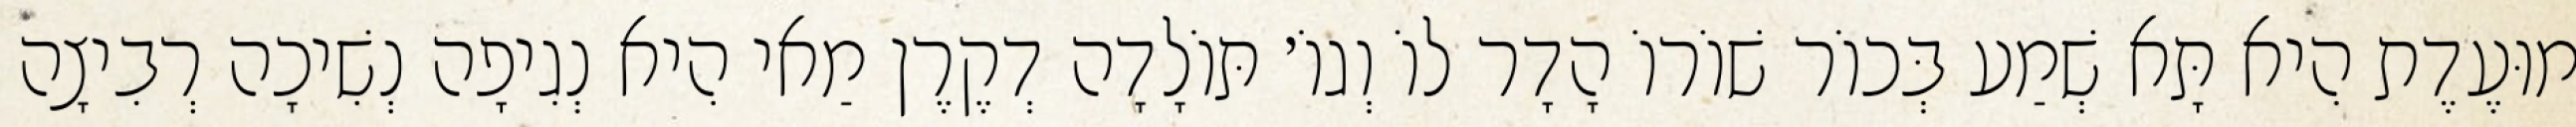
מוּעֶדֶת הִיא תָּא שְׁמַע בְּכוֹר שׁוֹרוֹ הָדָר לוֹ וְגוֹ׳ תּוֹלָדָה דְקֶרֶן מַאי הִיא נְגִיפָה נְשִׁיכָה רְבִיצָה